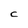
Character: C